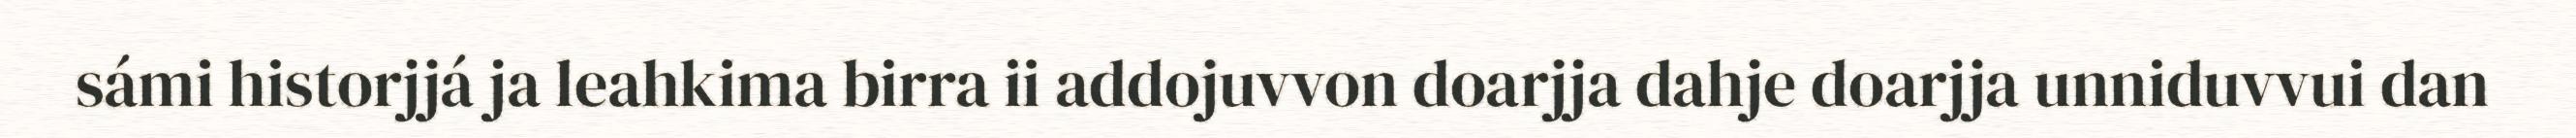
sámi historjjá ja leahkima birra ii addojuvvon doarjja dahje doarjja unniduvvui dan